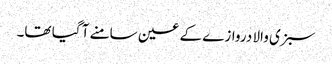
سبزی والا دروازے کے عین سامنے آ گیا تھا۔